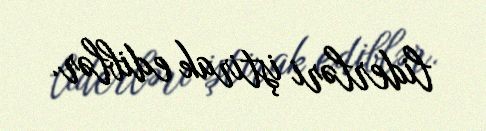
liderləri iştirak ediblər.